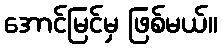
အောင်မြင်မှ ဖြစ်မယ်။